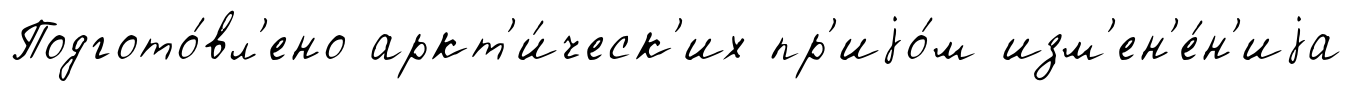
Подгото́вл'ено аркт'и́ческ'их пр'иjо́м изм'ен'е́н'иjа